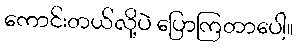
ကောင်းတယ်လို့ပဲ ပြောကြတာပေါ့။